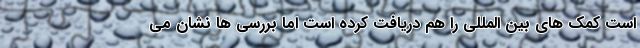
است کمک های بین المللی را هم دریافت کرده است اما بررسی ها نشان می